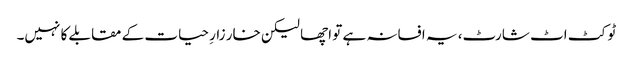
ٹو کٹ اٹ شارٹ، یہ افسانہ ہے تو اچھا لیکن خار زارِ حیات کے مقابلے کا نہیں۔